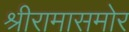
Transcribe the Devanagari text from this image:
श्रीरामासमोर